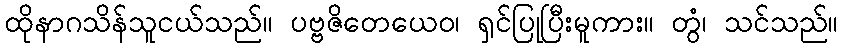
ထိုနာဂသိန်သူငယ်သည်။ ပဗ္ဗဇိတေယေဝ၊ ရှင်ပြုပြီးမူကား။ တွံ၊ သင်သည်။